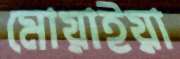
মোয়াইয়া